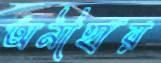
অনীহায়